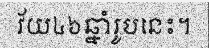
វ័យ៤៦ឆ្នាំរូបនេះ។